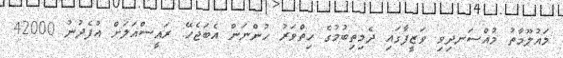
މައުލޫމާތު މުއްސަނދިވި ވަޒީފާގައި ދެމިތިބުމުގެ ހިތްވަރު ހުންނަން އެބަޖެހޭ: ރައީސްއަލަށް އުފެދުނު 42000